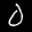
Label: 0